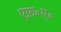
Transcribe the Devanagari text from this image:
एफ़॰ए॰